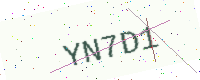
Text: YN7D1